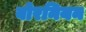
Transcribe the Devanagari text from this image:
बोरनियन